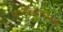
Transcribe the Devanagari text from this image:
त्रिपदस्त्रिदशाध्यक्षो